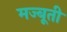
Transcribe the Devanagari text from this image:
मज्बूती